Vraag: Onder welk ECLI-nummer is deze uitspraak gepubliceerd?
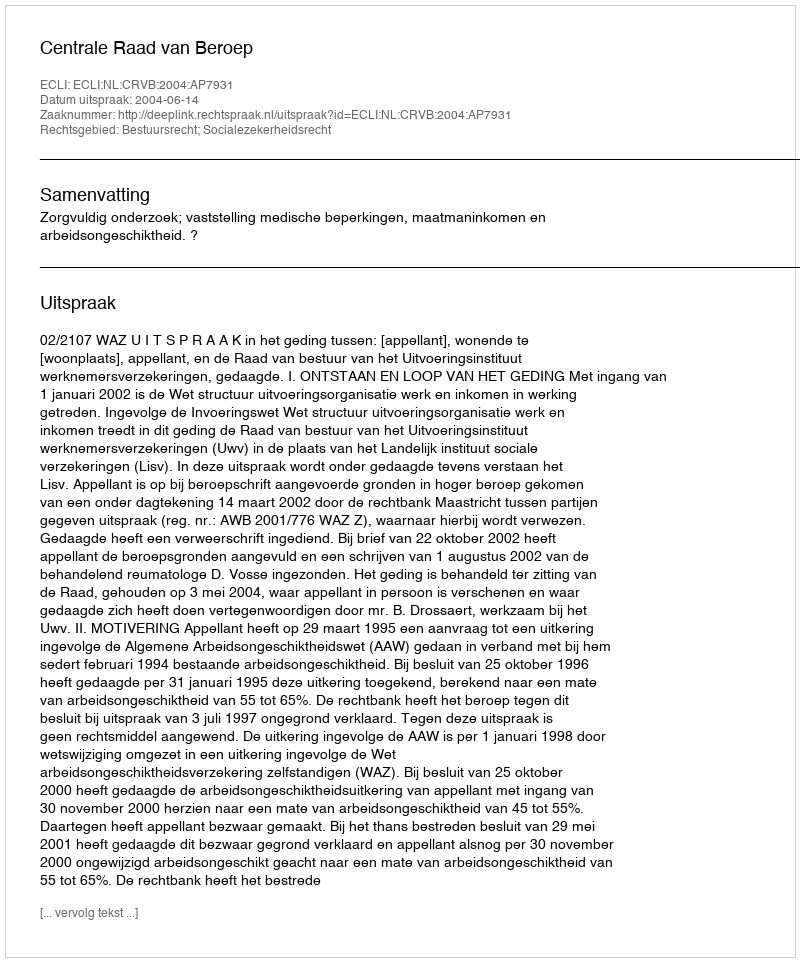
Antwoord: ECLI:NL:CRVB:2004:AP7931